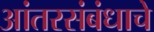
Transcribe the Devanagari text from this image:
आंतरसंबंधाचे